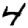
Digit: 4